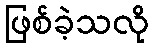
ဖြစ်ခဲ့သလို